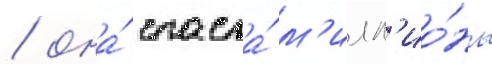
/ она́ спасла́ м'илл'ио́ны